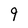
Character: 9